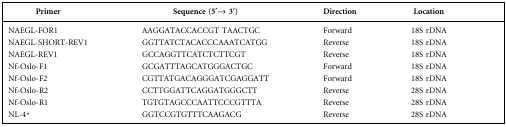
| Primer | Sequence (5′→ 3′) | Direction | Location |
 | --- | --- | --- | --- |
 | NAEGL-FOR1 | AAGGATACCACCGT TAACTGC | Forward | 18S rDNA |
 | NAEGL-SHORT-REV1 | GGTTATCTACACCCAAATCATGG | Reverse | 18S rDNA |
 | NAEGL-REV1 | GCCAGGTTCATCTCTTCGT | Reverse | 18S rDNA |
 | Nf-Oslo-F1 | GCGATTTAGCATGGGACTGC | Forward | 18S rDNA |
 | Nf-Oslo-F2 | CGTTATGACAGGGATCGAGGATT | Forward | 18S rDNA |
 | Nf-Oslo-R2 | CCTTGGATTCAGGATGGGCTT | Reverse | 28S rDNA |
 | Nf-Oslo-R1 | TGTGTAGCCCAATTCCCGTTTA | Reverse | 28S rDNA |
 | NL-4* | GGTCCGTGTTTCAAGACG | Reverse | 28S rDNA |